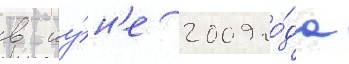
в иу́н'е 2009 го́да